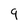
Character: 9